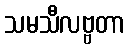
သမသီလဗ္ဗတာ